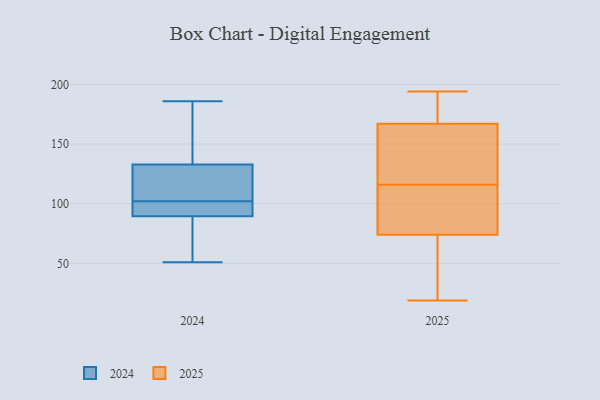
{"axis": {"x": "Page Views", "y": "Value"}, "legend": ["2024", "2025"], "data": [{"x": "", "y": 167, "type": "2025"}, {"x": "", "y": 194, "type": "2025"}, {"x": "", "y": 159, "type": "2025"}, {"x": "", "y": 186, "type": "2025"}, {"x": "", "y": 25, "type": "2025"}, {"x": "", "y": 32, "type": "2025"}, {"x": "", "y": 19, "type": "2025"}, {"x": "", "y": 138, "type": "2025"}, {"x": "", "y": 74, "type": "2025"}, {"x": "", "y": 176, "type": "2025"}, {"x": "", "y": 84, "type": "2025"}, {"x": "", "y": 123, "type": "2025"}, {"x": "", "y": 95, "type": "2025"}, {"x": "", "y": 109, "type": "2025"}, {"x": "", "y": 89, "type": "2024"}, {"x": "", "y": 59, "type": "2024"}, {"x": "", "y": 95, "type": "2024"}, {"x": "", "y": 140, "type": "2024"}, {"x": "", "y": 186, "type": "2024"}, {"x": "", "y": 51, "type": "2024"}, {"x": "", "y": 91, "type": "2024"}, {"x": "", "y": 135, "type": "2024"}, {"x": "", "y": 127, "type": "2024"}, {"x": "", "y": 109, "type": "2024"}, {"x": "", "y": 102, "type": "2024"}]}